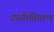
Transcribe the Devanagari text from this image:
प्रगतिविवरण